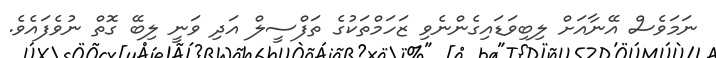
ނަމަވެސް އޭނާއަށް ލިބިވަޑައިގެންނެވި ޒަހަމްތަކުގެ ތަފްސީލް އަދި ވަނީ ލިބޭ ގޮތް ނުވެފައެވެ.